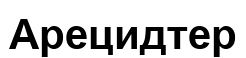
Арецидтер